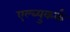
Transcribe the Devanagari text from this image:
एल्ब्युकर्क